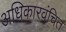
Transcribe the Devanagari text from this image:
अधिकारवंचित